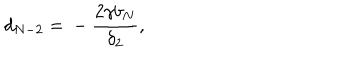
d _ { N - 2 } = { } - \frac { 2 \gamma b _ { N } } { \delta _ { 2 } } ,